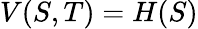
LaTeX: V(S,T)=H(S)